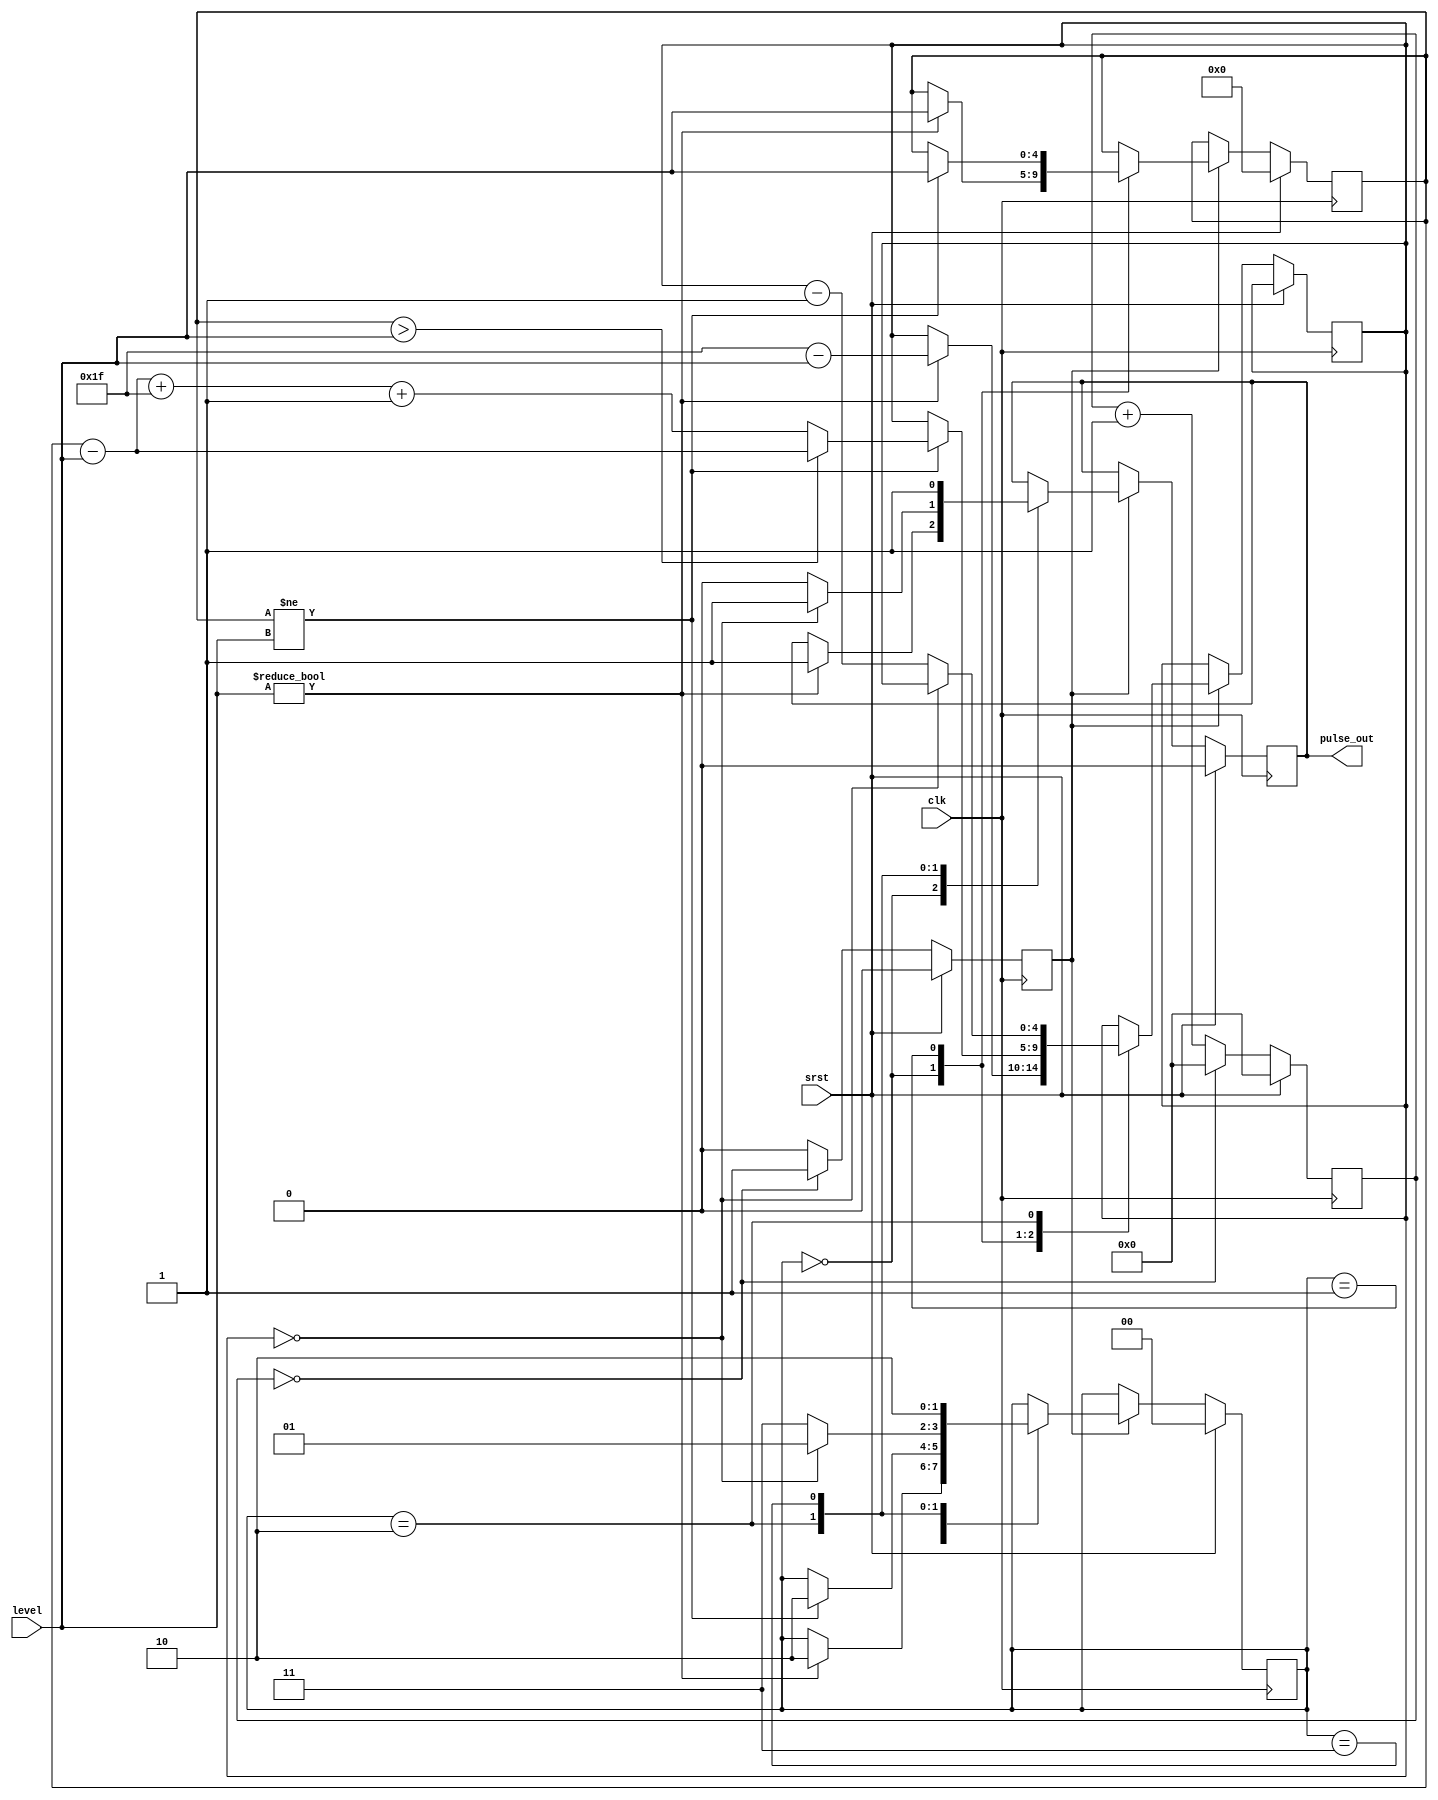
// This program was cloned from: https://github.com/OVGN/OpenIRV
// License: Apache License 2.0

/* 
 * ----------------------------------------------------------------------------
 *  Project:  OpenIRV
 *  Purpose:  Constant current LED driver controller with dimming via
 *            a proprietary 1-wire serial EZDim interface.
 * ----------------------------------------------------------------------------
 *  Copyright  2020-2021, Vaagn Oganesyan <ovgn@protonmail.com>
 *  
 *  Licensed under the Apache License, Version 2.0 (the "License");
 *  you may not use this file except in compliance with the License.
 *  You may obtain a copy of the License at
 *  
 *      http://www.apache.org/licenses/LICENSE-2.0
 *  
 *  Unless required by applicable law or agreed to in writing, software
 *  distributed under the License is distributed on an "AS IS" BASIS,
 *  WITHOUT WARRANTIES OR CONDITIONS OF ANY KIND, either express or implied.
 *  See the License for the specific language governing permissions and
 * ----------------------------------------------------------------------------
 */


`default_nettype none
`timescale 1ps / 1ps


module lcd_backlight_ctrl #
(
    parameter integer CLK_HZ = 0
)
(
    input   wire            clk,
    input   wire            srst,
    input   wire    [4:0]   level,
    output  reg             pulse_out = 1'b0
);
    
    localparam US_DELAY = CLK_HZ / 1000000;
    
/*-------------------------------------------------------------------------------------------------------------------------------------*/
    
    reg     [4:0]   pulse_cnt = 5'd0;
    reg     [4:0]   level_prev = 5'd0;
    reg     [15:0]  timer = 16'd0;
    reg             timer_hit = 1'b0;
    
/*-------------------------------------------------------------------------------------------------------------------------------------*/
    
    /* 10us period timer */
    always @(posedge clk) begin
        if (srst) begin
            timer <= 16'd0;
            timer_hit <= 1'b0;
        end else begin
            if (timer == US_DELAY * 10) begin
                timer <= 16'd0;
                timer_hit <= 1'b1;
            end else begin
                timer <= timer + 1'b1;
                timer_hit <= 1'b0;
            end
        end
    end
    
/*-------------------------------------------------------------------------------------------------------------------------------------*/
    
    localparam      ST_RESET   = 2'd0,
                    ST_IDLE    = 2'd1,
                    ST_PULSE_0 = 2'd2,
                    ST_PULSE_1 = 2'd3;
    
    reg     [1:0]   state = ST_RESET;
    
    
    always @(posedge clk) begin
        if (srst) begin
            pulse_out  <= 1'b0;
            level_prev <= 5'd0;
            state      <= ST_RESET;
        end else begin
            
            /* FSM state changes with 10us delay */
            if (timer_hit) begin
                case (state)
                    ST_RESET: begin
                        if (level != 5'd0) begin
                            pulse_out  <= 1'b1;
                            level_prev <= level;
                            pulse_cnt  <= 5'd31 - level;
                            state      <= ST_PULSE_0;
                        end
                    end
                
                    ST_IDLE: begin
                        if (level_prev != level) begin
                            level_prev <= level;
                            pulse_cnt  <= (level_prev > level)? (level_prev - level) : (level_prev - level + 5'd31 + 1'b1);
                            state      <= ST_PULSE_0;
                        end
                    end
                    
                    ST_PULSE_0: begin
                        if (pulse_cnt == 5'd0) begin
                            pulse_out <= 1'b1;
                            state <= ST_IDLE;
                        end else begin
                            pulse_out <= 1'b0;
                            pulse_cnt <= pulse_cnt - 1'b1;
                            state     <= ST_PULSE_1;
                        end
                    end
                    
                    ST_PULSE_1: begin
                        pulse_out <= 1'b1;
                        state <= ST_PULSE_0;
                    end
                endcase
            end
        end
    end

endmodule

/*-------------------------------------------------------------------------------------------------------------------------------------*/

`default_nettype wire